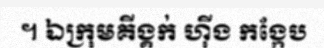
។ ឯក្រុមគីង្គក់ ហ៊ីង កង្កែប